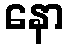
နော